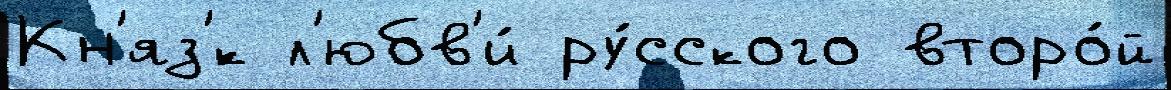
Кн'яз'́к л'юбв'и́ ру́сского второ́й